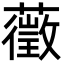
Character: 藢